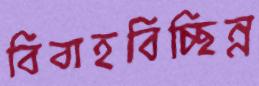
বিবাহবিচ্ছিন্ন